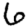
Digit: 6